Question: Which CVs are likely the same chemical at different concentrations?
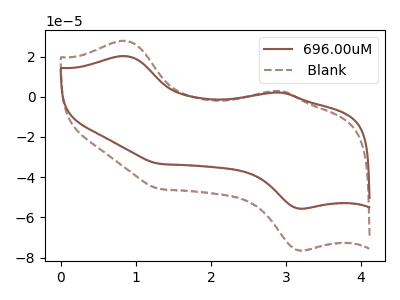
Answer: <think>The brown curve "696.00uM" has anodic peaks at (0.85V, 20.30uA) (2.90V, 2.15uA) and cathodic peaks at (3.20V, -55.60uA) (1.30V, -33.30uA). The brown dashed curve " Blank" has anodic peaks at (0.85V, 27.90uA) (2.90V, 2.95uA) and cathodic peaks at (3.20V, -76.45uA) (1.30V, -45.80uA).
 All the peaks in "696.00uM" have a peak in " Blank" at the same potential. Every peak in "696.00uM" is lower than every peak in " Blank".</think>
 <answer>" Blank" and "696.00uM" have the same shape and are likely CV's of the same chemical.</answer>
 <eval>" Blank" "696.00uM"</eval>